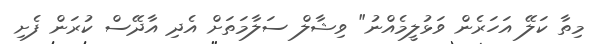
މިތާ ކަލޭ އަހަރެން ވަޅުލީމެއްނު" ވިޝާލް ސަލާމަތަށް އެދި އާދޭސް ކުރަން ފެށި